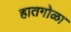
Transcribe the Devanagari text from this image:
हातगोळा